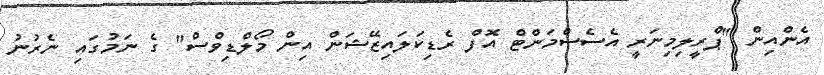
އެންއިން "ޕްރީލިމިނަރީ އެސެސްމަންޓް އޮފް ރެޑިކަލައިޒޭޝަން އިން މޯލްޑިވްސް" ގެ ނަމުގައި ނެރުނު